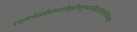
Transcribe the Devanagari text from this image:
स्मृत्यर्थसारेसंचयनेकृतेमनुष्यलोकात्प्रेतलोकंगच्छतः